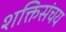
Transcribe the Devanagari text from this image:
शक्तिसंचय